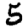
Digit: 5